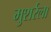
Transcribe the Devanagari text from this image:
मुशर्रला